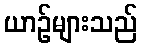
ယာဉ်များသည်